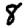
Digit: 8